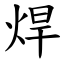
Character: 焊